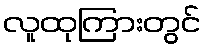
လူထုကြားတွင်